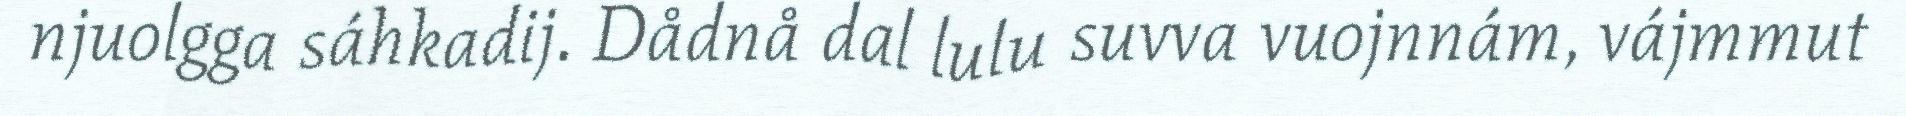
njuolgga sáhkadij. Dådnå dal lulu suvva vuojnnám, vájmmut